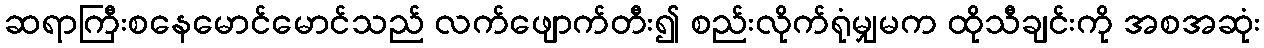
ဆရာကြီးစနေမောင်မောင်သည် လက်ဖျောက်တီး၍ စည်းလိုက်ရုံမျှမက ထိုသီချင်းကို အစအဆုံး